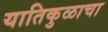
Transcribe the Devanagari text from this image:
यातिकुळाचा